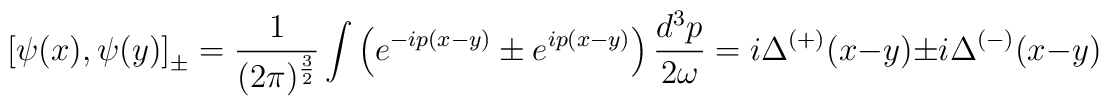
\left[ \psi (x),\psi (y)\right] _{\pm }=\frac{1}{(2\pi )^{\frac{3}{2}}}\int\left( e^{-ip(x-y)}\pm e^{ip(x-y)}\right) \frac{d^{3}p}{2\omega }=i\Delta^{\left( +\right) }(x-y)\pm i\Delta ^{\left( -\right) }(x-y)